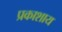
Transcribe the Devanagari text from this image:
प्रकाशाय